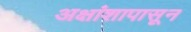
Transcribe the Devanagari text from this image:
अक्षांशापासून